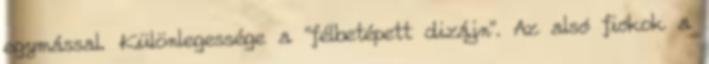
egymással. Különlegessége a "félbetépett dizájn". Az alsó fiókok a